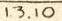
13.10